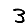
Digit: 3